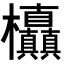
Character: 𭭃